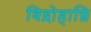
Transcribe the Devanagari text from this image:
विद्रोहाग्नि